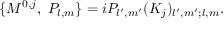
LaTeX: \{ M ^ { 0 , j } , \ P _ { l , m } \} = i P _ { l ^ { \prime } , m ^ { \prime } } ( K _ { j } ) _ { l ^ { \prime } , m ^ { \prime } ; l , m } .